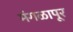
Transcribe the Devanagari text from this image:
मंगळापूर